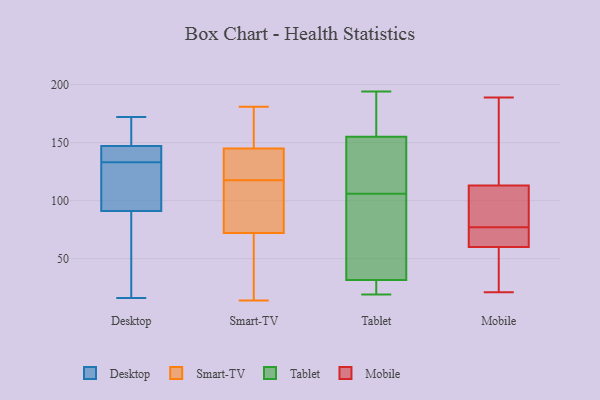
{"axis": {"x": "Market Share (%)", "y": "Value"}, "legend": ["Desktop", "Mobile", "Smart-TV", "Tablet"], "data": [{"x": "", "y": 139, "type": "Desktop"}, {"x": "", "y": 137, "type": "Desktop"}, {"x": "", "y": 16, "type": "Desktop"}, {"x": "", "y": 147, "type": "Desktop"}, {"x": "", "y": 124, "type": "Desktop"}, {"x": "", "y": 129, "type": "Desktop"}, {"x": "", "y": 172, "type": "Desktop"}, {"x": "", "y": 60, "type": "Desktop"}, {"x": "", "y": 160, "type": "Desktop"}, {"x": "", "y": 91, "type": "Desktop"}, {"x": "", "y": 181, "type": "Smart-TV"}, {"x": "", "y": 118, "type": "Smart-TV"}, {"x": "", "y": 72, "type": "Smart-TV"}, {"x": "", "y": 116, "type": "Smart-TV"}, {"x": "", "y": 88, "type": "Smart-TV"}, {"x": "", "y": 165, "type": "Smart-TV"}, {"x": "", "y": 117, "type": "Smart-TV"}, {"x": "", "y": 14, "type": "Smart-TV"}, {"x": "", "y": 118, "type": "Smart-TV"}, {"x": "", "y": 152, "type": "Smart-TV"}, {"x": "", "y": 132, "type": "Smart-TV"}, {"x": "", "y": 145, "type": "Smart-TV"}, {"x": "", "y": 45, "type": "Smart-TV"}, {"x": "", "y": 53, "type": "Smart-TV"}, {"x": "", "y": 19, "type": "Tablet"}, {"x": "", "y": 23, "type": "Tablet"}, {"x": "", "y": 145, "type": "Tablet"}, {"x": "", "y": 193, "type": "Tablet"}, {"x": "", "y": 116, "type": "Tablet"}, {"x": "", "y": 160, "type": "Tablet"}, {"x": "", "y": 194, "type": "Tablet"}, {"x": "", "y": 110, "type": "Tablet"}, {"x": "", "y": 67, "type": "Tablet"}, {"x": "", "y": 28, "type": "Tablet"}, {"x": "", "y": 102, "type": "Tablet"}, {"x": "", "y": 35, "type": "Tablet"}, {"x": "", "y": 150, "type": "Tablet"}, {"x": "", "y": 25, "type": "Tablet"}, {"x": "", "y": 171, "type": "Tablet"}, {"x": "", "y": 110, "type": "Tablet"}, {"x": "", "y": 161, "type": "Tablet"}, {"x": "", "y": 23, "type": "Tablet"}, {"x": "", "y": 39, "type": "Tablet"}, {"x": "", "y": 71, "type": "Tablet"}, {"x": "", "y": 138, "type": "Mobile"}, {"x": "", "y": 61, "type": "Mobile"}, {"x": "", "y": 21, "type": "Mobile"}, {"x": "", "y": 72, "type": "Mobile"}, {"x": "", "y": 189, "type": "Mobile"}, {"x": "", "y": 164, "type": "Mobile"}, {"x": "", "y": 88, "type": "Mobile"}, {"x": "", "y": 67, "type": "Mobile"}, {"x": "", "y": 86, "type": "Mobile"}, {"x": "", "y": 33, "type": "Mobile"}, {"x": "", "y": 55, "type": "Mobile"}, {"x": "", "y": 84, "type": "Mobile"}, {"x": "", "y": 82, "type": "Mobile"}, {"x": "", "y": 66, "type": "Mobile"}, {"x": "", "y": 162, "type": "Mobile"}, {"x": "", "y": 59, "type": "Mobile"}]}